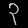
Digit: ၃